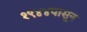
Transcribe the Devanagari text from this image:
१९४४पासून